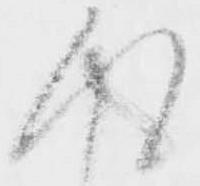
得